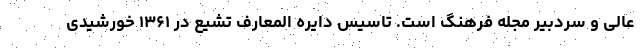
عالی و سردبیر مجله فرهنگ است. تاسیس دایره المعارف تشیع در ۱۳۶۱ خورشیدی